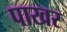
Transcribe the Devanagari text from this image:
पाखर